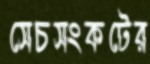
সেচসংকটের